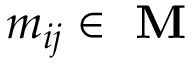
m _ { i j } \in \textbf { M }